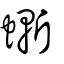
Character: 螹